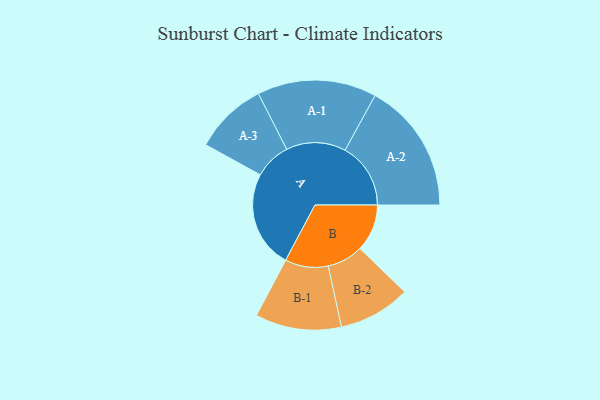
{"axis": {"x": "Segment", "y": "Value"}, "legend": ["", "A", "B"], "data": [{"x": "A", "y": 359, "type": ""}, {"x": "B", "y": 174, "type": ""}, {"x": "A-1", "y": 220, "type": "A"}, {"x": "A-2", "y": 242, "type": "A"}, {"x": "A-3", "y": 135, "type": "A"}, {"x": "B-1", "y": 159, "type": "B"}, {"x": "B-2", "y": 133, "type": "B"}]}